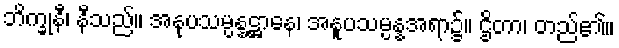
ဘိက္ခုနီ၊ နီသည်။ အနုပသမ္ပန္နဋ္ဌာနေ၊ အနူပသမ္ပန္နအရာ၌။ ဌိတာ၊ တည်၏။